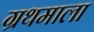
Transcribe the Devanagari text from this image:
ग्रथमाला